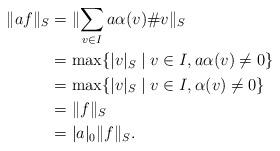
LaTeX: \begin{align*}\lVert af\rVert_S&=\lVert \sum_{v\in I}a\alpha(v)\#v\rVert_S\\&=\max\{\lvert v\rvert_S\mid v\in I, a\alpha(v)\neq 0\}\\&=\max\{\lvert v\rvert_S\mid v\in I, \alpha(v)\neq 0\}\\&=\lVert f\rVert_S\\&=\lvert a\rvert_0\lVert f\rVert_S.\end{align*}